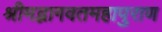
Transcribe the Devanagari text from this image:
श्रीमद्भागवतमहापुराण